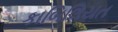
કાબિલિયત